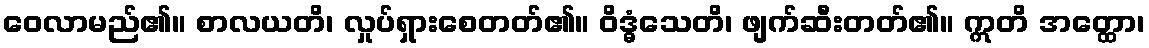
ဝေလာမည်၏။ စာလယတိ၊ လှုပ်ရှားစေတတ်၏။ ဝိဒ္ဓံသေတိ၊ ဖျက်ဆီးတတ်၏။ ဣတိ အတ္ထော၊